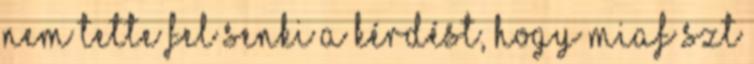
nem tette fel senki a kérdést, hogy miaf szt